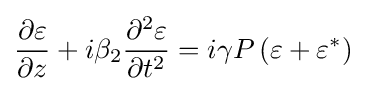
{\frac {\partial \varepsilon }{\partial z}}+i\beta _{2}{\frac {\partial ^{2}\varepsilon }{\partial t^{2}}}=i\gamma P\left(\varepsilon +\varepsilon ^{*}\right)